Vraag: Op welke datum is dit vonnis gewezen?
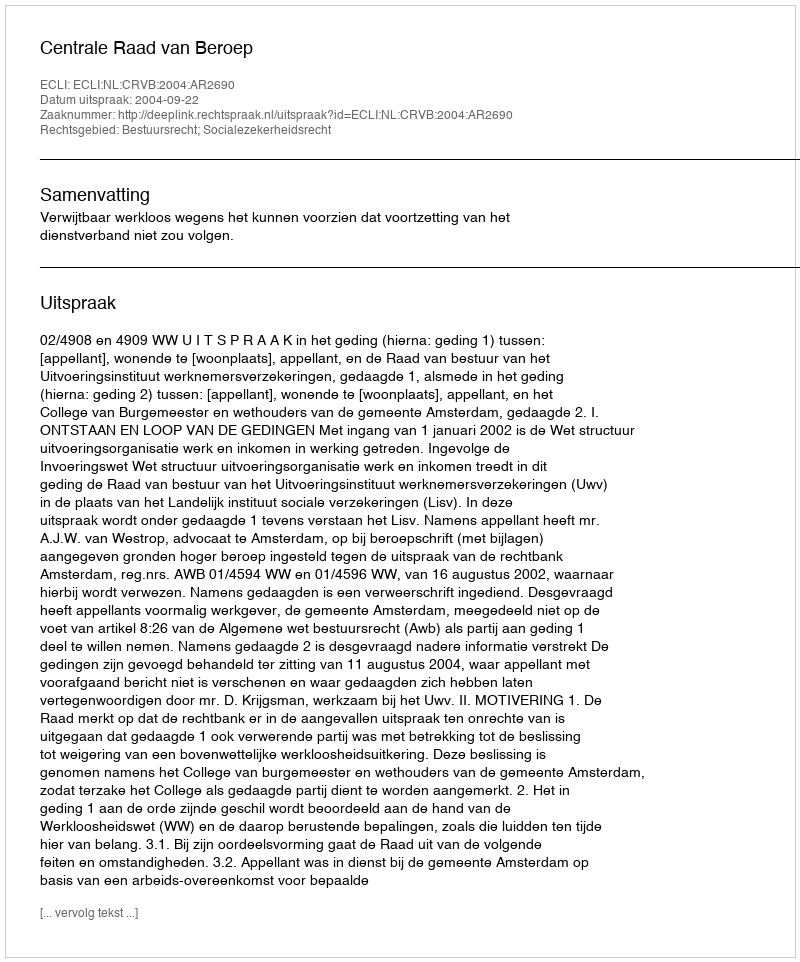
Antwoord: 2004-09-22